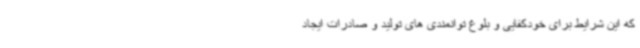
که این شرایط برای خودکفایی و بلوغ توانمندی های تولید و صادرات ایجاد